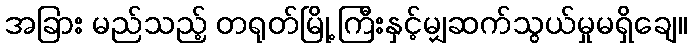
အခြား မည်သည့် တရုတ်မြို့ ကြီးနှင့်မျှဆက်သွယ်မှုမရှိချေ။